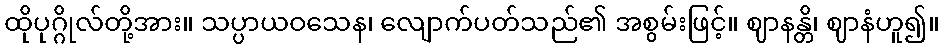
ထိုပုဂ္ဂိုလ်တို့အား။ သပ္ပာယဝသေန၊ လျောက်ပတ်သည်၏ အစွမ်းဖြင့်။ ဈာနန္တိ၊ ဈာနံဟူ၍။